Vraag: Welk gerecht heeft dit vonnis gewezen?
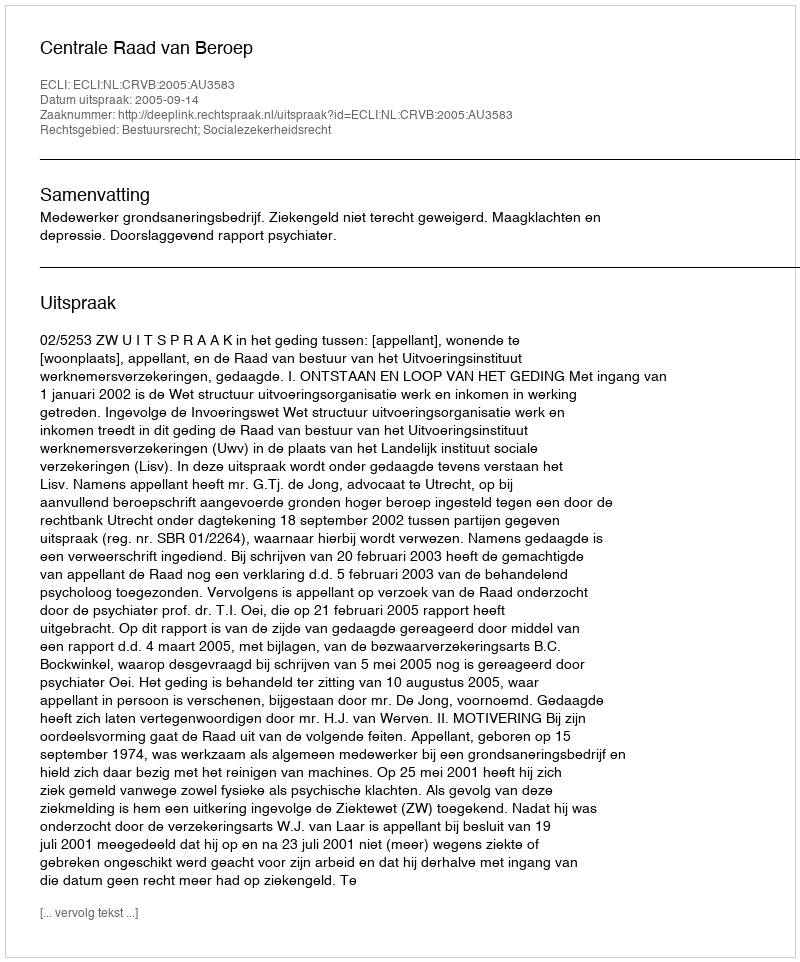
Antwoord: Centrale Raad van Beroep